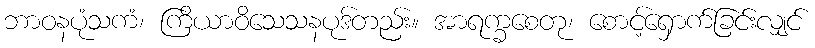
ဘာဝနပုံသကံ၊ ကြိယာဝိသေသနပုဒ်တည်း။ အာရက္ခစေတု၊ စောင့်ရှောက်ခြင်းလျှင်